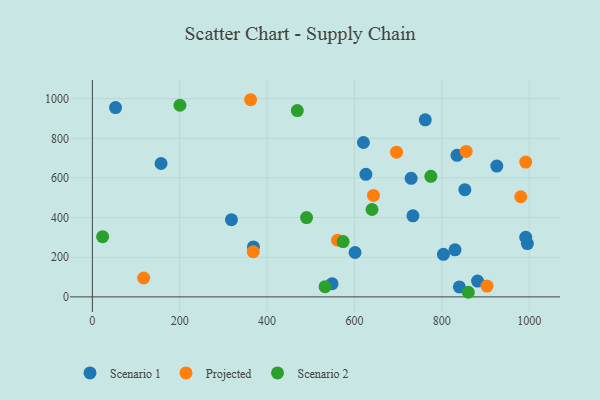
{"axis": {"x": "Investment", "y": "Exam Score"}, "legend": ["Projected", "Scenario 1", "Scenario 2"], "data": [{"x": "157.2", "y": 672.8, "type": "Scenario 1"}, {"x": "601.4", "y": 224.0, "type": "Scenario 1"}, {"x": "925.9", "y": 660.0, "type": "Scenario 1"}, {"x": "729.8", "y": 598.0, "type": "Scenario 1"}, {"x": "368.7", "y": 252.3, "type": "Scenario 1"}, {"x": "548.8", "y": 66.3, "type": "Scenario 1"}, {"x": "733.9", "y": 409.0, "type": "Scenario 1"}, {"x": "830.2", "y": 237.2, "type": "Scenario 1"}, {"x": "626.2", "y": 618.1, "type": "Scenario 1"}, {"x": "762.1", "y": 893.0, "type": "Scenario 1"}, {"x": "852.8", "y": 541.1, "type": "Scenario 1"}, {"x": "995.9", "y": 269.0, "type": "Scenario 1"}, {"x": "881.8", "y": 79.6, "type": "Scenario 1"}, {"x": "834.8", "y": 714.3, "type": "Scenario 1"}, {"x": "318.4", "y": 389.2, "type": "Scenario 1"}, {"x": "803.7", "y": 214.8, "type": "Scenario 1"}, {"x": "840.2", "y": 50.1, "type": "Scenario 1"}, {"x": "53.1", "y": 954.8, "type": "Scenario 1"}, {"x": "992.1", "y": 300.7, "type": "Scenario 1"}, {"x": "620.6", "y": 778.9, "type": "Scenario 1"}, {"x": "643.5", "y": 512.1, "type": "Projected"}, {"x": "855.8", "y": 733.7, "type": "Projected"}, {"x": "561.3", "y": 285.8, "type": "Projected"}, {"x": "903.5", "y": 54.8, "type": "Projected"}, {"x": "992.1", "y": 680.2, "type": "Projected"}, {"x": "696.4", "y": 729.8, "type": "Projected"}, {"x": "980.8", "y": 505.2, "type": "Projected"}, {"x": "362.3", "y": 994.6, "type": "Projected"}, {"x": "117.5", "y": 95.3, "type": "Projected"}, {"x": "368.3", "y": 227.7, "type": "Projected"}, {"x": "469.2", "y": 939.8, "type": "Scenario 2"}, {"x": "200.5", "y": 966.8, "type": "Scenario 2"}, {"x": "532.8", "y": 51.3, "type": "Scenario 2"}, {"x": "490.4", "y": 400.2, "type": "Scenario 2"}, {"x": "23.5", "y": 303.9, "type": "Scenario 2"}, {"x": "574.0", "y": 279.0, "type": "Scenario 2"}, {"x": "860.6", "y": 23.3, "type": "Scenario 2"}, {"x": "640.2", "y": 440.9, "type": "Scenario 2"}, {"x": "774.9", "y": 608.0, "type": "Scenario 2"}]}